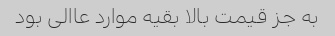
به جز قیمت بالا بقیه موارد عاالی بود